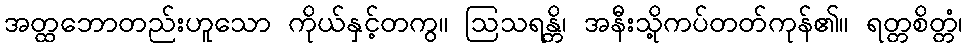
အတ္ထဘောတည်းဟူသော ကိုယ်နှင့်တကွ။ ဩသရန္တိ၊ အနီးသို့ကပ်တတ်ကုန်၏။ ရတ္တစိတ္တံ၊